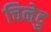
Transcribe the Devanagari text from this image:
चिनेदु